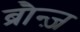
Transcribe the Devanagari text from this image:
ब्रौन्ज़